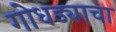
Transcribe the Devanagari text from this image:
गोधड्याचा